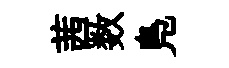
茜数鳬